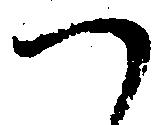
へ